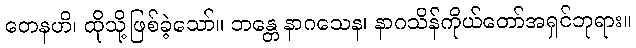
တေနဟိ၊ ထိုသို့ဖြစ်ခဲ့သော်။ ဘန္တေ နာဂသေန၊ နာဂသိန်ကိုယ်တော်အရှင်ဘုရား။